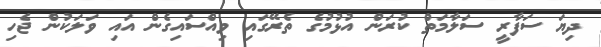
ދިޔަ ސަފާރީ ސަލާމަތް ކުރަން އުޅުމުގެ ތެރޭގައި ވިއްސައިގެން އައި ވަލަކުން ޖެހި